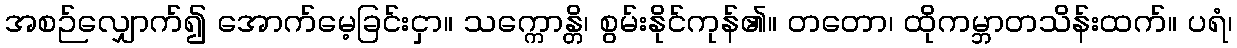
အစဉ်လျှောက်၍ အောက်မေ့ခြင်းငှာ။ သက္ကောန္တိ၊ စွမ်းနိုင်ကုန်၏။ တတော၊ ထိုကမ္ဘာတသိန်းထက်။ ပရံ၊